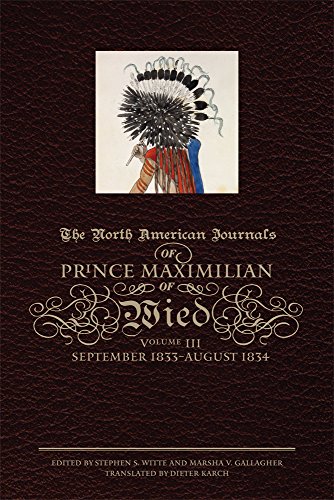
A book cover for The North American Journals of Prince Maximilian of Wied: September 1833EEAugust 1834; Prince Alexander Philipp Maximilian of Wied; Literature & Fiction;